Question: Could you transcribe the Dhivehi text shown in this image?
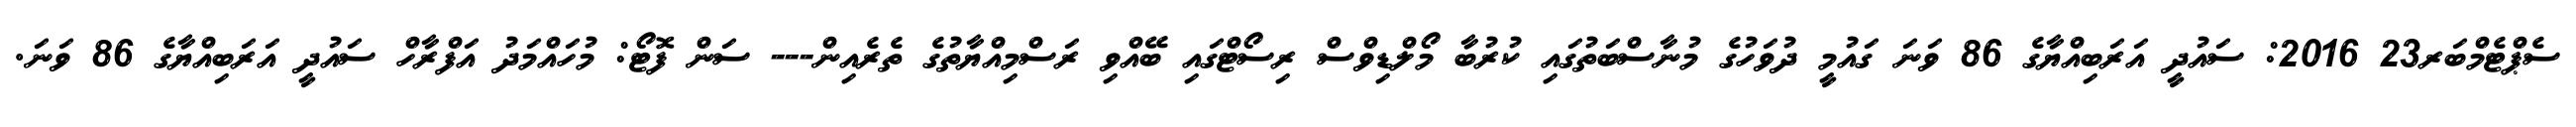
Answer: ސެޕްޓެމްބަރ23 2016: ސައުދީ އަރަބިއްޔާގެ 86 ވަނަ ގައުމީ ދުވަހުގެ މުނާސްބަތުގައި ކުރުބާ މޯލްޑިވްސް ރިސޯޓްގައި ބޭއްވި ރަސްމިއްޔާތުގެ ތެރެއިން--- ސަން ފޮޓޯ: މުހައްމަދު އަފްރާހް ސައުދީ އަރަބިއްޔާގެ 86 ވަނަ.